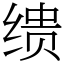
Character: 缋